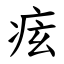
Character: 痃